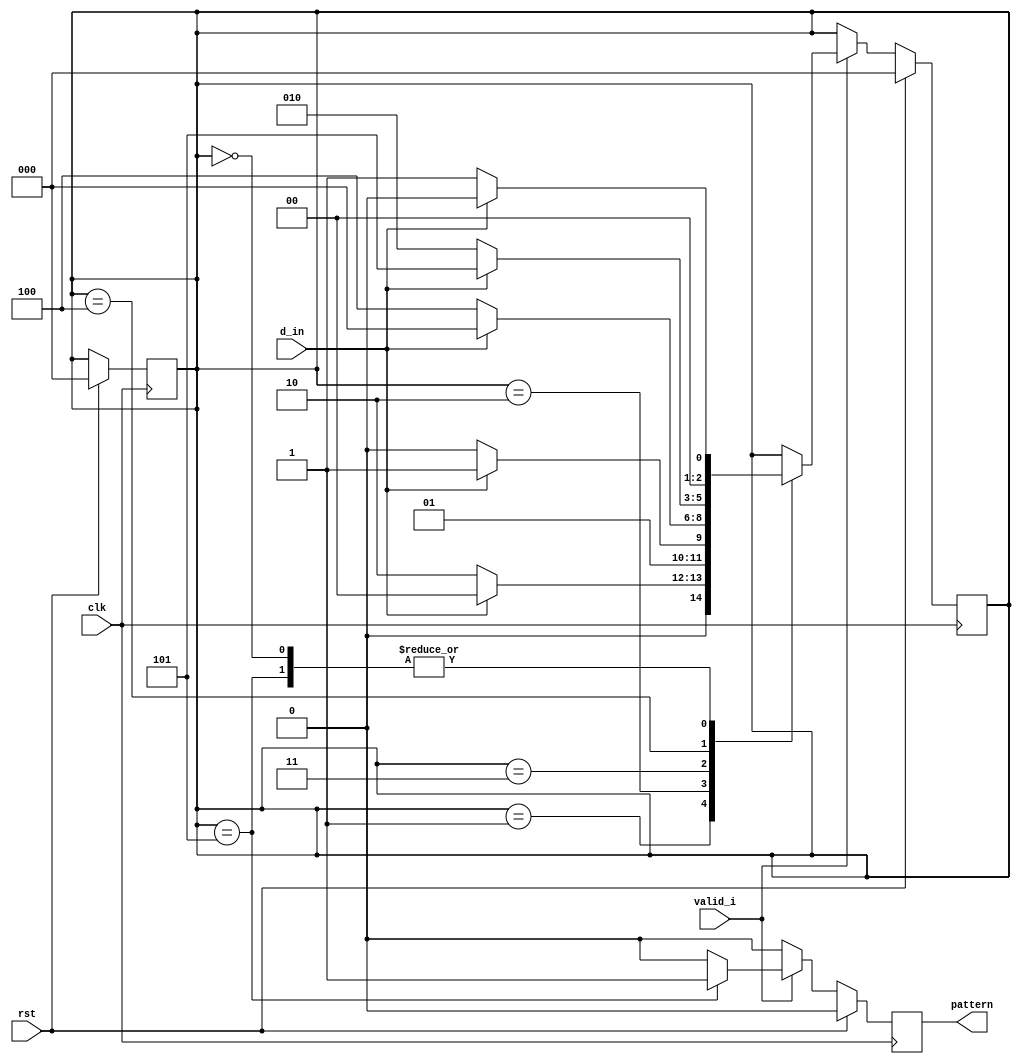
module pattern_det(clk, rst, d_in, valid_i, pattern);   //moore machine :1 more state requred
parameter S_R = 3'b000;
parameter S_B = 3'b001;
parameter S_BB = 3'b010;
parameter S_BBC = 3'b011;      //in moore at waveform count happend after 1 clock, but in mealy it happend imediatly 
parameter S_BBCB = 3'b100;
parameter S_BBCBC = 3'b101;
parameter B = 0;
parameter C = 1;

input clk, rst, valid_i, d_in;
output reg pattern;

reg [2:0] state, next_state;

always @(next_state) begin
	state = next_state; //whenver next_state changes, update state with next_state value
end

always @(posedge clk) begin
if (rst) begin
	pattern = 0;
	state = S_R;
	next_state = S_R;
end
else begin
	pattern = 0;
if (valid_i == 1) begin
	case (state)
		S_R: begin
			if (d_in == B) next_state = S_B;
			if (d_in == C) next_state = S_R;
		end
		S_B: begin
			if (d_in == B) next_state = S_BB;
			if (d_in == C) next_state = S_R;
		end
		S_BB: begin
			if (d_in == B) next_state = S_BB;
			if (d_in == C) next_state = S_BBC;
		end
		S_BBC: begin
			if (d_in == B) next_state = S_BBCB;
			if (d_in == C) next_state = S_R;
		end
		S_BBCB: begin
			if (d_in == B) next_state = S_BB;
			if (d_in == C) next_state = S_BBCBC;
		end
		S_BBCBC: begin
			pattern = 1;
			if (d_in == B) next_state = S_B;
			if (d_in == C) next_state = S_R;
		end
	endcase
end
end
end
endmodule